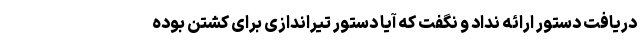
دریافت دستور ارائه نداد و نگفت که آیا دستور تیراندازی برای کشتن بوده